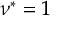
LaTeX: \nu ^ { * } = 1